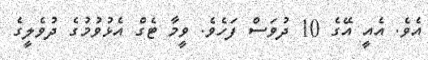
އެވެ. އެއީ އޭގެ 10 ދުވަސް ފަހެވެ. ވީމާ ޓެގް އެޅުވުމުގެ ދުވެލީގެ